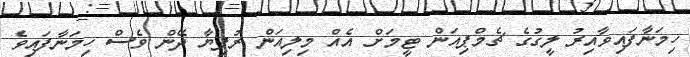
ހިމަނާފައިވާއިރު ލީގުގެ ޗެމްޕިއަން ޓީމަށް އެއް މިލިއަން ރުފިޔާ ދޭން ވެސް ހިމަނާފައިވެ